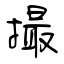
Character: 撮